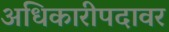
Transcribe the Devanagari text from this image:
अधिकारीपदावर